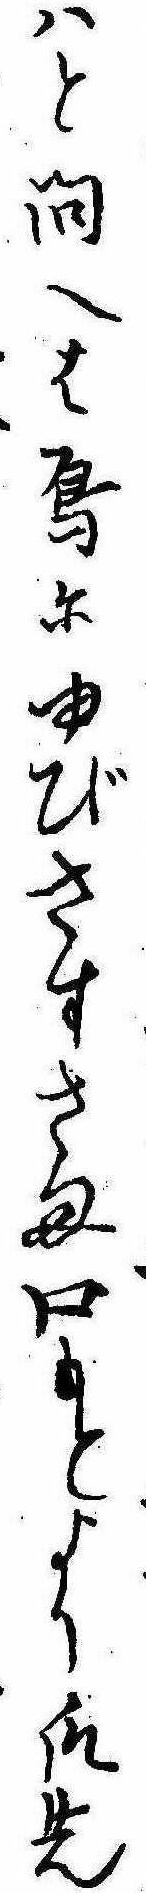
はと問へは烏にゆびさすさま口もとより爪先